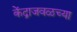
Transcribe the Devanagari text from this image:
केंद्राजवळच्या